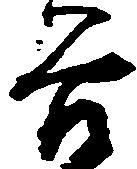
谷